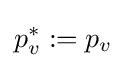
p_{v}^{*}:=p_{v}